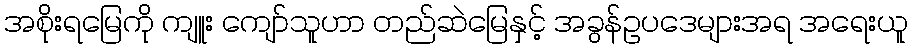
အစိုးရမြေကို ကျူး ကျော်သူဟာ တည်ဆဲမြေနှင့် အခွန်ဥပဒေများအရ အရေးယူ